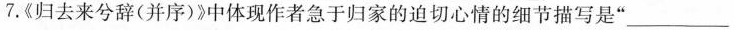
7.《归去来兮辞(并序)》中体现作者急于归家的迫切心情的细节描写是”__